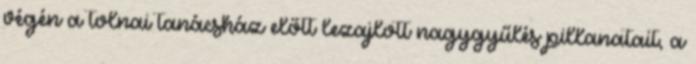
végén a tolnai tanácsház előtt lezajlott nagygyűlés pillanatait, a